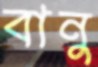
বানু